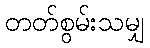
တတ်စွမ်းသမျှ